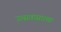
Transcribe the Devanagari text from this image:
उत्सवासारखा